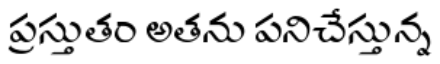
ప్రస్తుతం అతను పనిచేస్తున్న